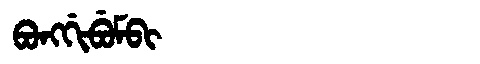
Manchu: ᠪᠣᠩᡤᡳᠪᡠᠮᠪᡳ
Romanization: BONGGIBUMBI